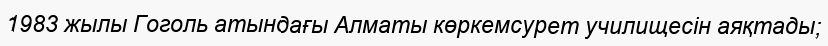
1983 жылы Гоголь атындағы Алматы көркемсурет училищесін аяқтады;